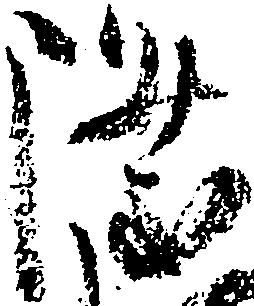
隆